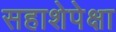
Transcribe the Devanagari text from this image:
सहाशेपेक्षा